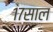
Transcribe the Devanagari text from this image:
१७साल